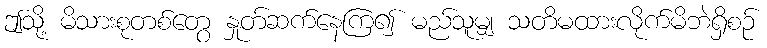
ဤသို့ မိသားစုတစ်တွေ နှုတ်ဆက်နေကြ၍ မည်သူမျှ သတိမထားလိုက်မိဘဲရှိစဉ်